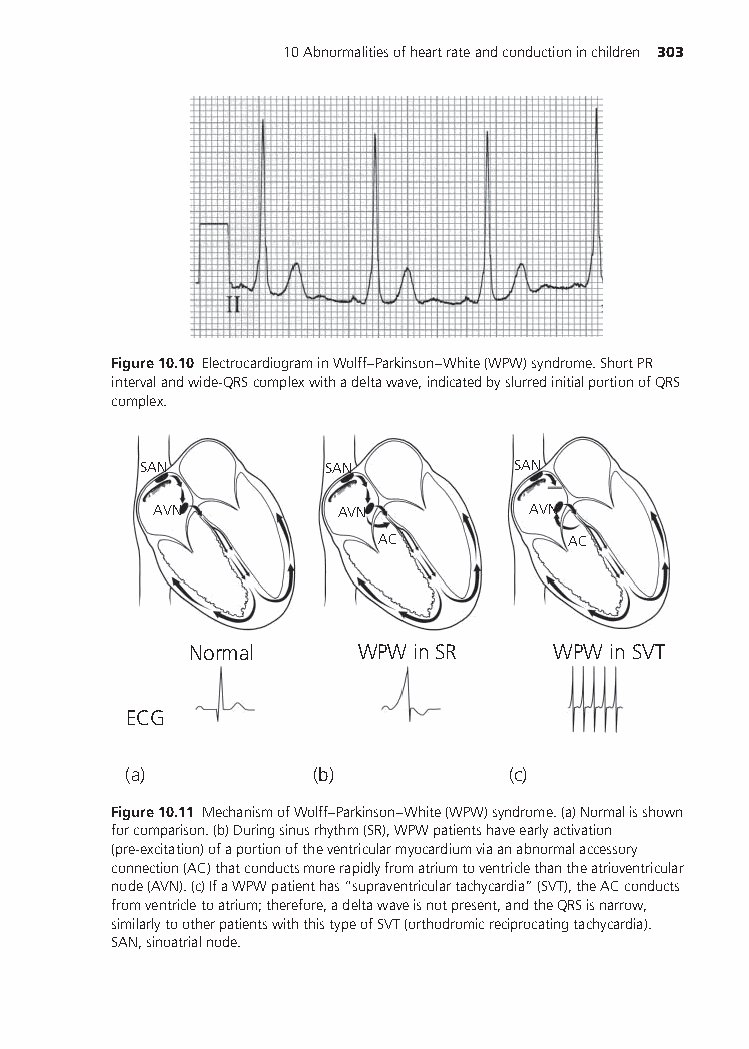
10Abnormalitiesofheartrateandconductioninchildren 303
 Figure10.10 ElectrocardiograminWolff–Parkinson–White(WPW)syndrome.ShortPR
 intervalandwide-QRScomplexwithadeltawave,indicatedbyslurredinitialportionofQRS
 complex.
 SAN         SAN         SAN
 AVN         AVN         AVN
 AC           AC
 Normal     WPW in SR    WPW in SVT
 ECG
 (a)         (b)          (c)
 Figure10.11 MechanismofWolff–Parkinson–White(WPW)syndrome.(a)Normalisshown
 forcomparison.(b)Duringsinusrhythm(SR),WPWpatientshaveearlyactivation
 (pre-excitation)ofaportionoftheventricularmyocardiumviaanabnormalaccessory
 connection(AC)thatconductsmorerapidlyfromatriumtoventriclethantheatrioventricular
 node(AVN).(c)IfaWPWpatienthas“supraventriculartachycardia”(SVT),theACconducts
 fromventricletoatrium;therefore,adeltawaveisnotpresent,andtheQRSisnarrow,
 similarlytootherpatientswiththistypeofSVT(orthodromicreciprocatingtachycardia).
 SAN,sinoatrialnode.